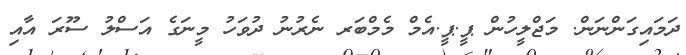
ދަމައިގަންނަން. މަޖްލީހުން ޕީ.ޕީ.އެމް މެމްބަރ ނެރުނު ދުވަހު މީނަގެ އަސްލު ސޫރަ އާއި